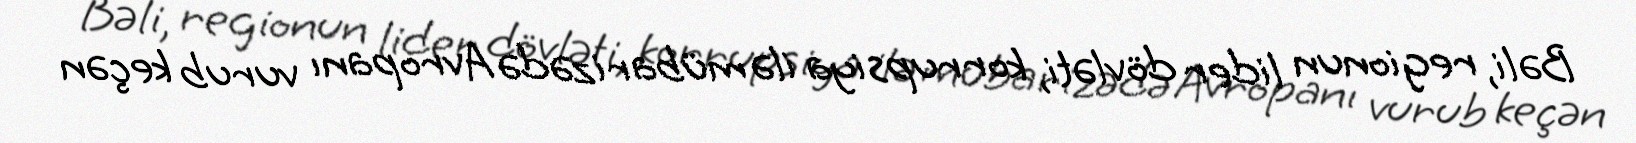
Bəli, regionun lider dövləti, korrupsiya ilə mübarizədə Avropanı vurub keçən